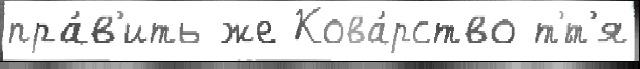
пра́в'ить же Кова́рство т'́т'я